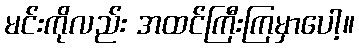
မင်းကိုလည်း အထင်ကြီးကြမှာပေါ့။